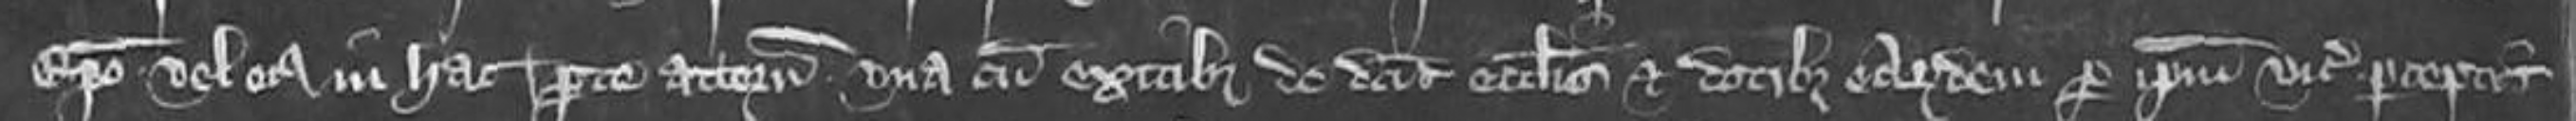
Episcopo vel eius in hac parte attornato una cum exitibus de dictis ecclesiis et dotibus earundem per ipsum vicecomitem perceptis